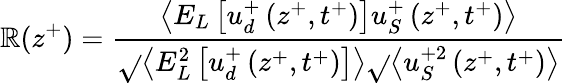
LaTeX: \mathbb{R}(z^{+})=\frac{{\left<E_{L}\left[u_{d}^{+}\left(z^{+},t^{+}\right)\right]u_{S}^{+}\left(z^{+},t^{+}\right)\right>}}{{\sqrt{}{{\left<E_{L}^{2}\left[u_{d}^{+}\left(z^{+},t^{+}\right)\right]\right>}}\sqrt{}{{\left<u_{S}^{+2}\left(z^{+},t^{+}\right)\right>}}}}